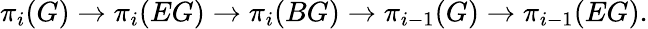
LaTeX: \pi_{i}(G)\rightarrow\pi_{i}(EG)\rightarrow\pi_{i}(BG)\rightarrow\pi_{i-1}(G)\rightarrow\pi_{i-1}(EG).